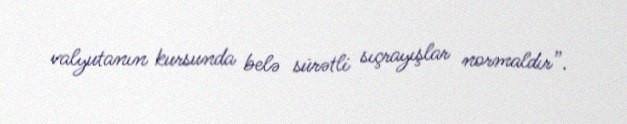
valyutanın kursunda belə sürətli sıçrayışlar normaldır”.